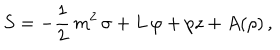
S = - { \frac { 1 } { 2 } } \, { { m ^ { 2 } } \, \sigma } + L \, \varphi + p z + A ( \rho ) \, ,